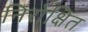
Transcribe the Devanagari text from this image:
निरोक्षित